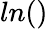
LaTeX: ln()